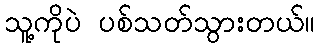
သူ့ကိုပဲ ပစ်သတ်သွားတယ်။